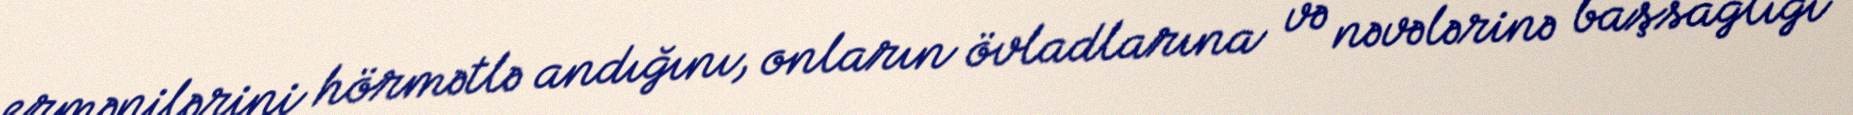
ermənilərini hörmətlə andığını, onların övladlarına və nəvələrinə başsağlığı